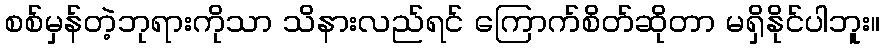
စစ်မှန်တဲ့ဘုရားကိုသာ သိနားလည်ရင် ကြောက်စိတ်ဆိုတာ မရှိနိုင်ပါဘူး။